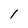
Character: 1